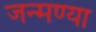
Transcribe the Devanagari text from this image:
जन्मण्या